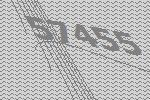
57455